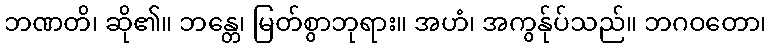
ဘဏတိ၊ ဆို၏။ ဘန္တေ၊ မြတ်စွာဘုရား။ အဟံ၊ အကွန်ုပ်သည်။ ဘဂဝတော၊